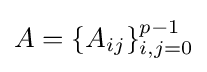
A=\{A_{ij}\}_{i,j=0}^{p-1}